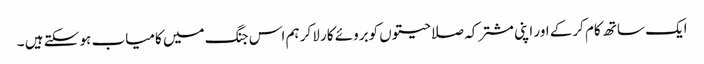
ایک ساتھ کام کرکے اور اپنی مشترکہ صلاحیتوں کوبروئے کار لاکر ہم اس جنگ میں کامیاب ہو سکتے ہیں ۔